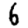
Digit: 6